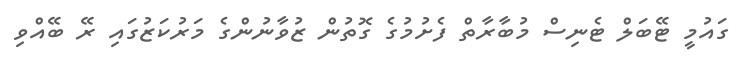
ގައުމީ ޓޭބަލް ޓެނިސް މުބާރާތް ފެށުމުގެ ގޮތުން ޒުވާނުންގެ މަރުކަޒުގައި ރޭ ބޭއްވި